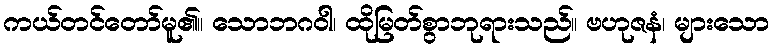
ကယ်တင်တော်မူ၏။ သောဘဂဝါ၊ ထိုမြတ်စွာဘုရားသည်။ ဗဟုဇနံ၊ များသော